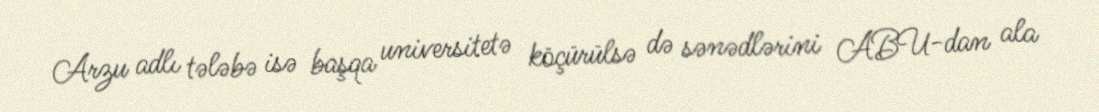
Arzu adlı tələbə isə başqa universitetə köçürülsə də sənədlərini ABU-dan ala